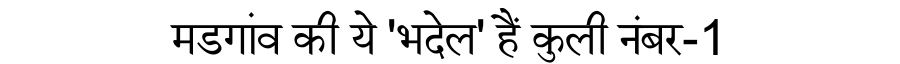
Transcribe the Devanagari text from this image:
मडगांव की ये 'भदेल' हैं कुली नंबर-1